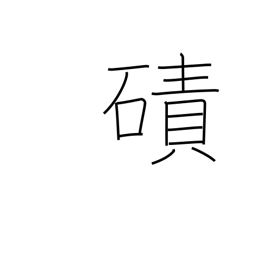
Meaning: expanse of sand